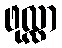
ဖုလ္လာ